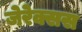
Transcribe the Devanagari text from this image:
जेरेक्सस